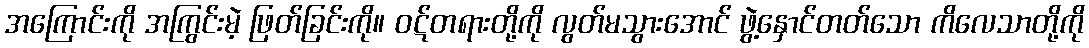
အကြောင်းကို အကြွင်းမဲ့ ဖြတ်ခြင်းကို။ ဝဋ်တရားတို့ကို လွတ်မသွားအောင် ဖွဲ့နှောင်တတ်သော ကိလေသာတို့ကို